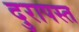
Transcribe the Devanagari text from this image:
दुरापस्त